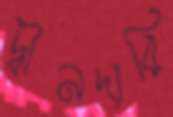
দ্বীনদারি